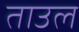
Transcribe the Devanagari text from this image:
ताउल